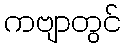
ကဗျာတွင်